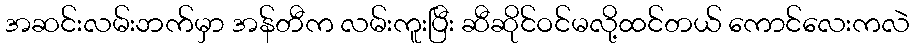
အဆင်းလမ်းဘက်မှာ အန်တီက လမ်းကူးပြီး ဆီဆိုင်ဝင်မလို့ထင်တယ် ကောင်လေးကလဲ